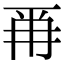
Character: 𭁣